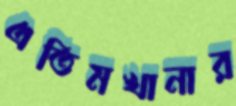
এতিমখানার